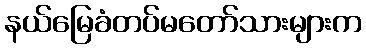
နယ်မြေခံတပ်မတော်သားများက